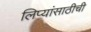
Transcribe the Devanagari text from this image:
लिप्यांसाठीची